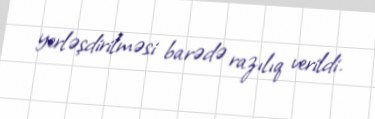
yerləşdirilməsi barədə razılıq verildi.